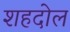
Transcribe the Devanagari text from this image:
शहदोल